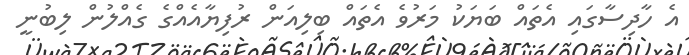
އެ ހާދިސާގައި އެތައް ބަޔަކު މަރުވެ އެތައް ބިލިއަން ރުފިޔާއެއްގެ ގެއްލުން ލިބުނީ